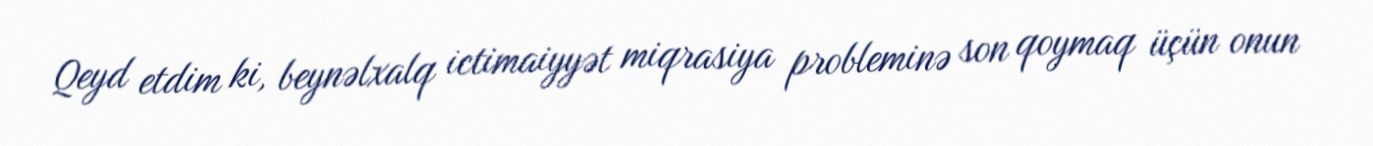
Qeyd etdim ki, beynəlxalq ictimaiyyət miqrasiya probleminə son qoymaq üçün onun